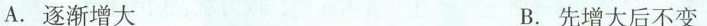
A.逐渐增大 B.先增大后不变